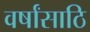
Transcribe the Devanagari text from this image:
वर्षांसाठि